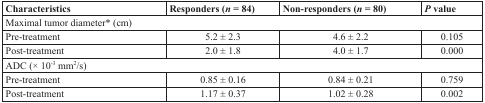
<table><thead><tr><td><b>Characteristics</b></td><td><b>Responders (<i>n</i> = 84)</b></td><td><b>Non-responders (<i>n</i> = 80)</b></td><td><b><i>P</i> value</b></td></tr></thead><tbody><tr><td colspan="4">Maximal tumor diameter* (cm)</td></tr><tr><td>Pre-treatment</td><td>5.2 ± 2.3</td><td>4.6 ± 2.2</td><td>0.105</td></tr><tr><td>Post-treatment</td><td>2.0 ± 1.8</td><td>4.0 ± 1.7</td><td>0.000</td></tr><tr><td colspan="4">ADC (× 10<sup>-3</sup> mm<sup>2</sup>/s)</td></tr><tr><td>Pre-treatment</td><td>0.85 ± 0.16</td><td>0.84 ± 0.21</td><td>0.759</td></tr><tr><td>Post-treatment</td><td>1.17 ± 0.37</td><td>1.02 ± 0.28</td><td>0.002</td></tr></tbody></table>